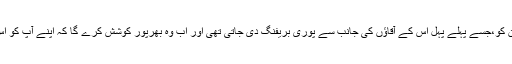
اس میں کوئی شک و شبہ نہیں کہ کیمرون کو،جسے پہلے پہل اس کے آقاؤں کی جانب سے پوری بریفنگ دی جاتی تھی اور اب وہ بھرپور کوشش کرے گا کہ اپنے آپ کو اس سارے معاملے سے الگ تھلگ رکھے۔